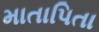
માતાપિતા